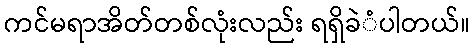
ကင်မရာအိတ်တစ်လုံးလည်း ရရှိခဲံပါတယ်။